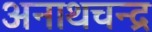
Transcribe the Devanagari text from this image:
अनाथचन्द्र